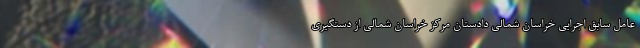
عامل سابق اجرایی خراسان شمالی دادستان مرکز خراسان شمالی از دستگیری